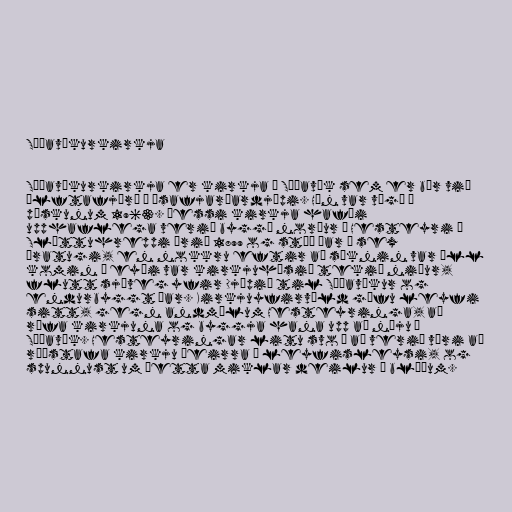
Súðavíkurkirkja

Súðavíkurkirkja er kirkja í Súðavík sem er bær við
Álftafjörð í Ísafjarðardjúpi. Hún var vígð á
páskunum 1963. Þessi kirkja hafði
upphaflega verið byggð norður á Hesteyri í
Sléttuhreppi árið 1899 og stóð þar í sex
áratugi, en nokkru eftir að sóknin var öll
komin í eyði var kirkjuhúsið tekið niður,
flutt sjóveg yfir Djúpið til Súðavíkur og
endurbyggt þar. Kirkjuyfirvöld gáfu leyfi
sitt, gegn andmælum Hesteyringa, að
rífa kirkjuna og byggja hana upp að nýju í
Súðavík. Hesteyringar litu svo á að verið væri að
ráðstafa kirkju þeirra í leyfisleysi, og
spunnust um þetta miklar deilur í blöðum.